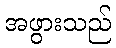
အဖွားသည်